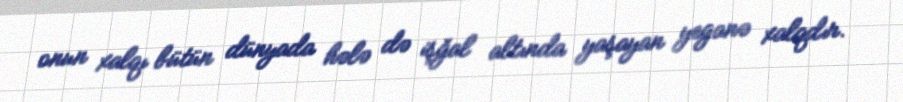
onun xalqı bütün dünyada hələ də işğal altında yaşayan yeganə xalqdır.